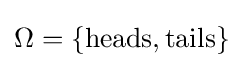
\Omega =\{{\text{heads}},{\text{tails}}\}